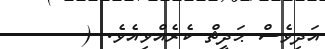
އަދިވެސް ޙަދީޘް ކެރެއްވިއެވެ. (